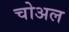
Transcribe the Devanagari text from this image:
चोअल